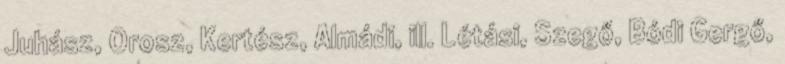
Juhász, Orosz, Kertész, Almádi, ill. Létási, Szegő, Bódi Gergő,